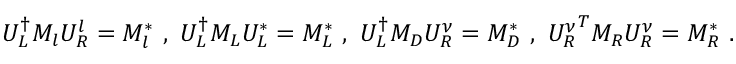
U _ { L } ^ { \dagger } M _ { l } U _ { R } ^ { l } = M _ { l } ^ { * } ~ , ~ U _ { L } ^ { \dagger } M _ { L } U _ { L } ^ { * } = M _ { L } ^ { * } ~ , ~ U _ { L } ^ { \dagger } M _ { D } U _ { R } ^ { \nu } = M _ { D } ^ { * } ~ , ~ { U _ { R } ^ { \nu } } ^ { T } M _ { R } U _ { R } ^ { \nu } = M _ { R } ^ { * } ~ .